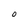
Character: O